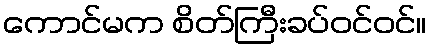
ကောင်မက စိတ်ကြီးခပ်ဝင်ဝင်။